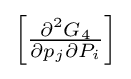
{\textstyle \left[{\frac {\partial ^{2}G_{4}}{\partial p_{j}\partial P_{i}}}\right]}